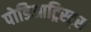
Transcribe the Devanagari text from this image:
पोडिआट्रिस्ट्स